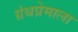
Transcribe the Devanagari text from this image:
ग्रंथप्रेमाला